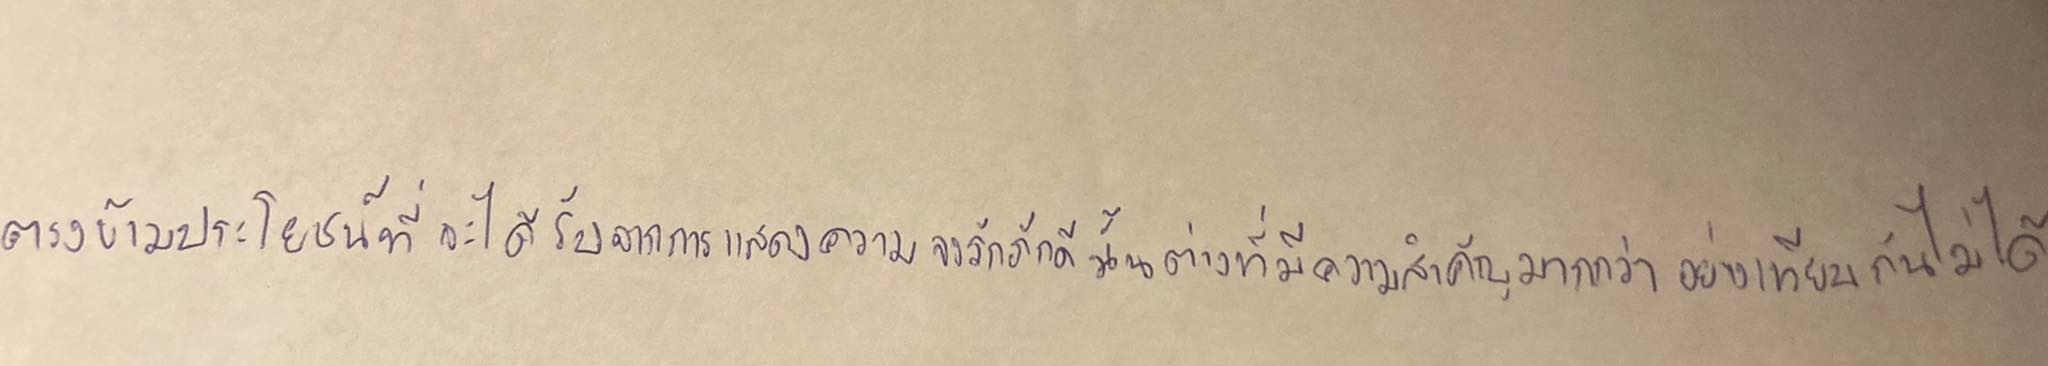
ตรงข้ามประโยชน์ที่จะได้รับจากการแสดงความจงรักภักดีนั้นต่างที่มีความสำคัญมากกว่าอย่างเทียบกันไม่ได้